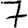
Digit: 7